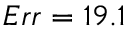
E r r = 1 9 . 1 \